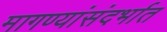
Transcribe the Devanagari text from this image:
मागण्यांसंदर्भात